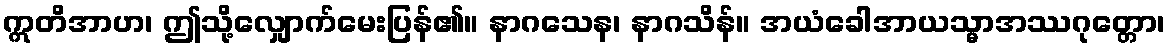
ဣတိအာဟ၊ ဤသို့လျှောက်မေးပြန်၏။ နာဂသေန၊ နာဂသိန်။ အယံခေါအာယသ္မာအဿဂုတ္တော၊